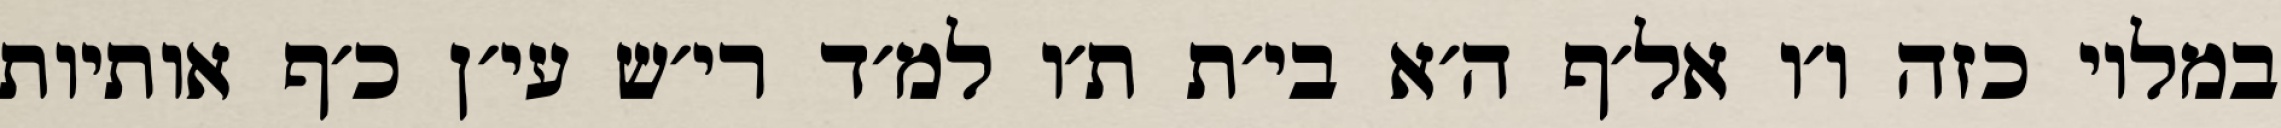
במלוי כזה ו׳ו אל׳ף ה׳א בי׳ת ת׳ו למ׳ד רי׳ש עי׳ן כ׳ף אותיות